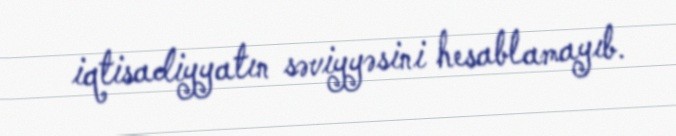
iqtisadiyyatın səviyyəsini hesablamayıb.